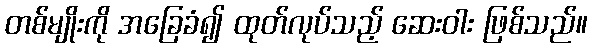
တစ်မျိုးကို အခြေခံ၍ ထုတ်လုပ်သည့် ဆေးဝါး ဖြစ်သည်။